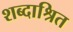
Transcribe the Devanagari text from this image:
शब्दाश्रित